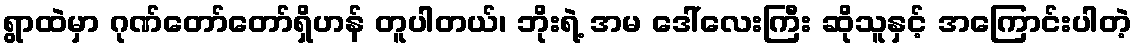
ရွာထဲမှာ ဂုဏ်တော်တော်ရှိဟန် တူပါတယ်၊ ဘိုးရဲ့ အမ ဒေါ်လေးကြီး ဆိုသူနှင့် အကြောင်းပါတဲ့